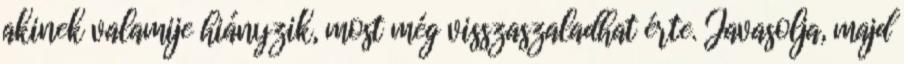
akinek valamije hiányzik, most még visszaszaladhat érte. Javasolja, majd